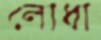
লোধা